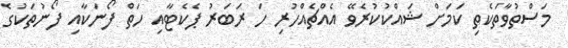
މަސްތުވާތަކެތި ކަމަށް ޝައްކުކުރެވޭ އެއްޗެއްހުރި ހަ ރަބަރު ޕެކެޓާއި ހަތް ފޯނަކާއި ފޯނުތަކުގެ